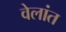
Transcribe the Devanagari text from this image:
वेलांत